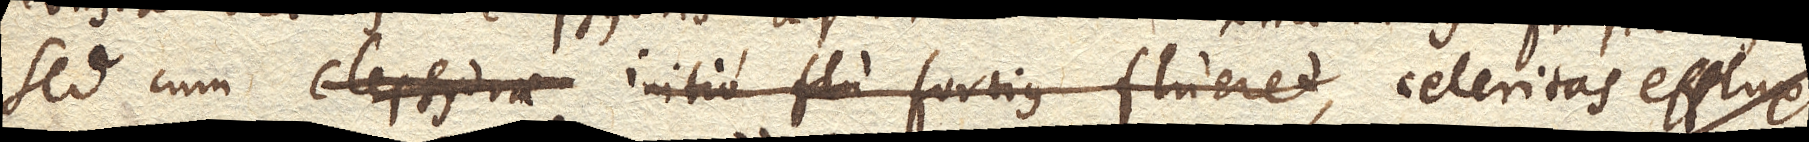
Sed cum Clepsydra initio fortius flueret, celeritas effluxus,